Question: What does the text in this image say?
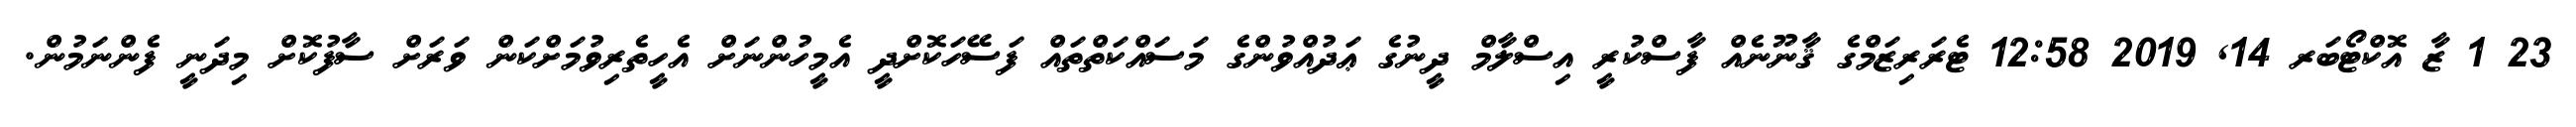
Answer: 23 1 ޒާ އޮކްޓޯބަރ 14, 2019 12:58 ޓެރަރިޒަމްގެ ޤާނޫނެއް ފާސްކުރީ އިސްލާމް ދީނުގެ ޢަދުއްވުންގެ މަސައްކަތްތައް ފަސޭހަކޮށްދީ އެމީހުންނަށް އެހީތެރިވުމަށްކަން ވަރަށް ސާފުކޮށް މިދަނީ ފެންނަމުން.